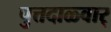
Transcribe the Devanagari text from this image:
पुत्तदाळ्वार्